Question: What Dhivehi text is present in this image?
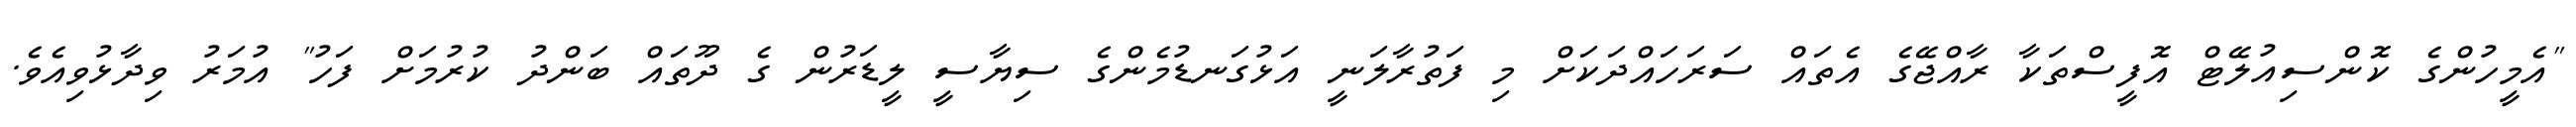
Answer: "އެމީހުންގެ ކޮންސިއުލޭޓް އޮފީސްތަކާ ރާއްޖޭގެ އެތައް ސަރަހައްދަކަށް މި ފަތުރާލަނީ އަޅުގަނޑުމެންގެ ސިޔާސީ ލީޑަރުން ގެ ދޫތައް ބަންދު ކުރުމަށް ފަހު" އުމަރު ވިދާޅުވިއެވެ.